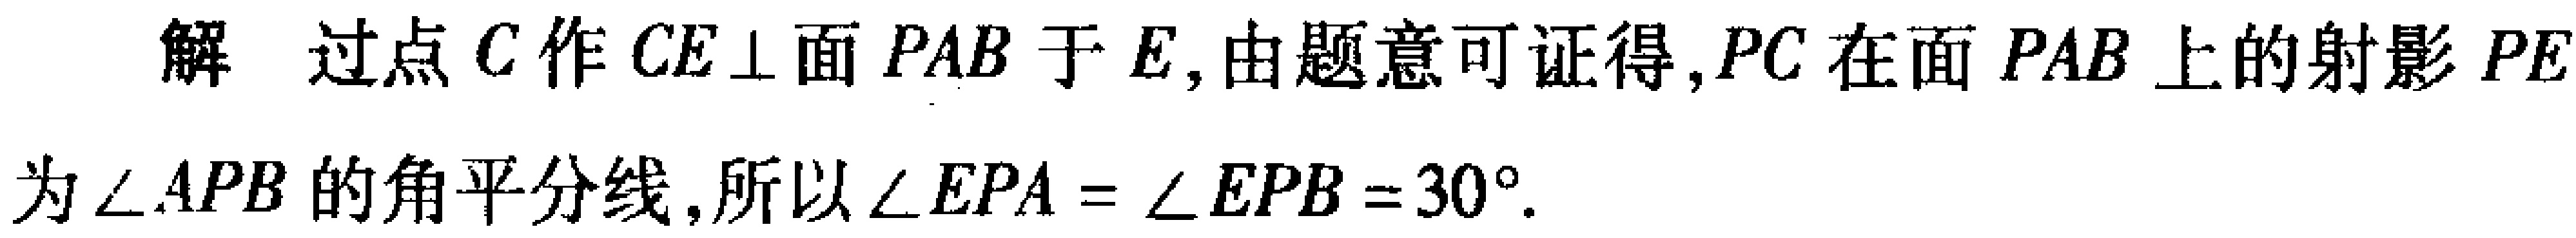
解 过点 \(C\) 作 \(CE\perp\) 面 \(PAB\) 于 \(E\), 由题意可证得, \(PC\) 在面 \(PAB\) 上的射影 \(PE\) 为 \(\angle APB\) 的角平分线, 所以 \(\angle EPA=\angle EPB = 30^{\circ}\).